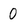
Character: 0